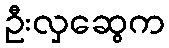
ဦးလှဆွေက